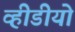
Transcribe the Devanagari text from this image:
व्हीडीयो